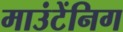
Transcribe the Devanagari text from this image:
माउंटेंनिग